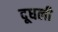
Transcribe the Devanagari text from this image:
दूधली